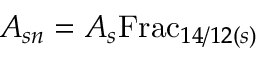
A _ { s n } = A _ { s } { \mathrm { F r a c } } _ { 1 4 / 1 2 ( s ) }